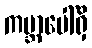
ကမ္ဘာပေါ်ရှိ